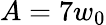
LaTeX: A=7w_{0}